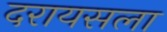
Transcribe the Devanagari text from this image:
दरायसला